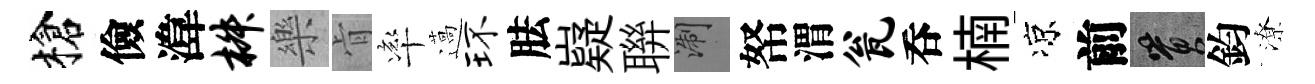
槍儉湋椒樂肻率薖环胠嶷聨浙帑渭瓮呑楠凉前篔鈞潦